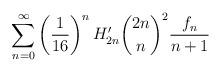
LaTeX: \begin{align*} \sum_{n = 0 }^{\infty} \left( \frac{1}{16} \right)^{n} H_{2n}' \binom{2n}{n}^{2} \frac{f_n}{n+1} \end{align*}